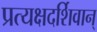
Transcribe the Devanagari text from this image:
प्रत्यक्षदर्शिवान्